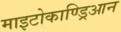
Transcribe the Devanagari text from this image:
माइटोकाण्ड्रिआन